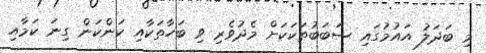
މި ބަދަލު އައުމުގައި ސަބަބުތަކަކަށް މެދުވެރި ވި ބަހާތަކާއި ކަންކަން ގިނަ ކަމާއި